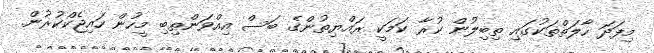
މިފަދަ ހާލަތްތަކުގައި ތިބިލުން ކުރާ ކަމަކީ ރައްޔިތުންގެ ބަސް އިއްވަންތިބި މީހުން ހައިޖެކްކުރުން.